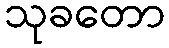
သုခတော